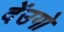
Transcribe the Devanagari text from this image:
देंउगो